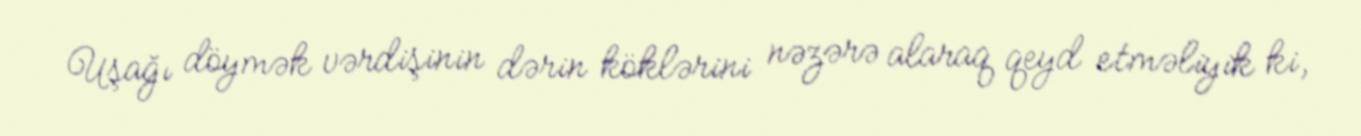
Uşağı döymək vərdişinin dərin köklərini nəzərə alaraq qeyd etməliyik ki,